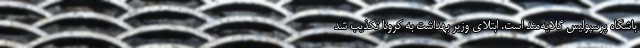
باشگاه پرسپولیس گلایه‌مند است. ابتلای وزیر بهداشت به کرونا تکذیب شد